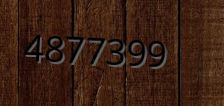
4877399